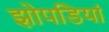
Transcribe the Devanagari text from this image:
झोपडियां